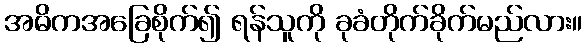
အဓိကအခြေစိုက်၍ ရန်သူကို ခုခံတိုက်ခိုက်မည်လား။